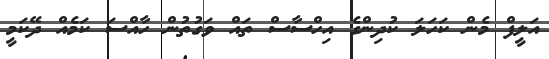
އަލީފް މެން ކަހަލަ ކުދިންގެ އިހްސާސް ތައް ވަގުތުން ހާއްސަ ކަމެއް ދޭކަމީ